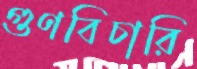
গুণবিচারি